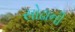
સોઢાની